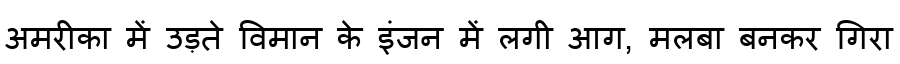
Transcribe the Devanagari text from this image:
अमरीका में उड़ते विमान के इंजन में लगी आग, मलबा बनकर गिरा